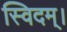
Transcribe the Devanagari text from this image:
स्विदम्।